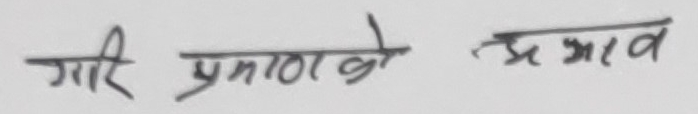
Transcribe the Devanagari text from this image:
गरि प्रमाणको अभाव